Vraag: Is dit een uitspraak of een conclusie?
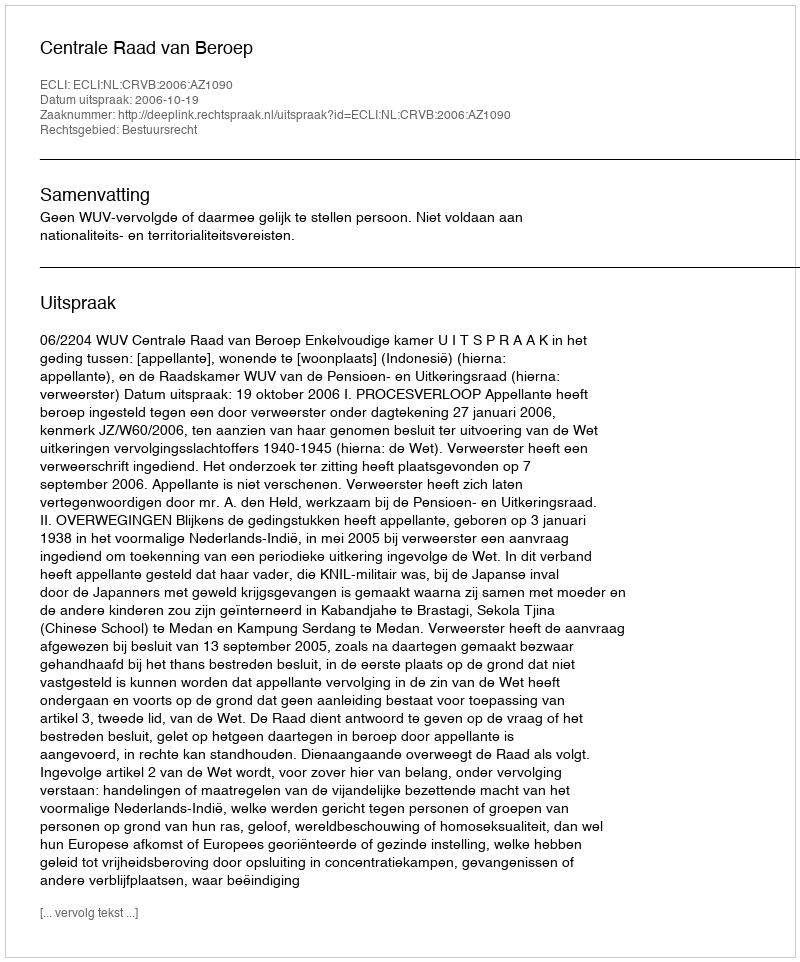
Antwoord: Uitspraak